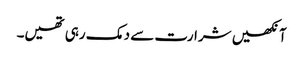
آنکھیں شرارت سے دمک رہی تھیں۔